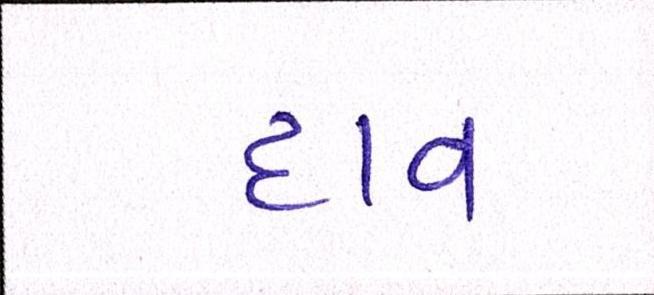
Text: દાવ